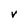
Character: V